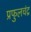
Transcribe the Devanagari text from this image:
प्रफुलचंद्र